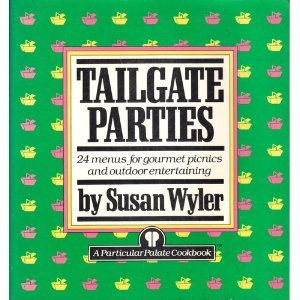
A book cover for Tailgate Parties: 24 Menus for Gourmet Picnics and Outdoor Entertaining; Susan Wyler; Cookbooks, Food & Wine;